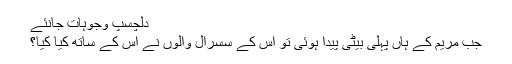
دلچسپ وجوہات جانئے
جب مریم کے ہاں پہلی بیٹی پیدا ہوئی تو اس کے سسرال والوں نے اس کے ساتھ کیا کیا؟